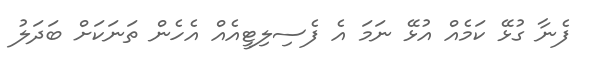
ފެނާ ގުޅޭ ކަމެއް އުޅޭ ނަމަ އެ ފެސިލިޓީއެއް އެހެން ތަނަކަށް ބަދަލު